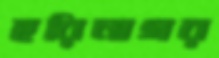
হরিনাগর